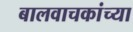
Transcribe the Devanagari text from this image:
बालवाचकांच्या